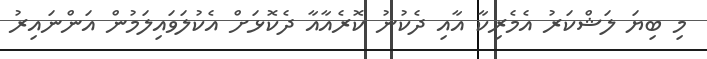
މި ބިޔަ ލަޝްކަރު އެމެރިކާ އާއި ދެކުނު ކޮރެއާއާ ދެކޮޅަށް އެކުލަވައިލަމުން އަންނައިރު